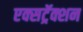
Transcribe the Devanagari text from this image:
एक्सट्रॅक्शन